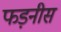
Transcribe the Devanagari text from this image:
फड़नीस